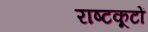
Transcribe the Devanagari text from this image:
राष्टकूटों